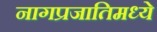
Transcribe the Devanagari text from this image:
नागप्रजातिमध्ये